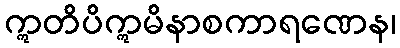
ဣတိပိဣမိနာစကာရဏေန၊